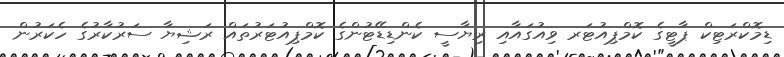
ޑިމޮކްރަޓިކް ޕާޓީގެ ކޮމްޕިއުޓަރ ވިއުގައާއި ރިޔާސީ ކެންޑިޑޭޓުންގެ ކޮމްޕިއުޓަރުތައް ރަޝިޔާ ސަރުކާރުގެ ހެކަރުން